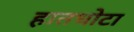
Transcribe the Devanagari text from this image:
हातधोटा